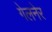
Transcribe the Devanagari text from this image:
गेलनेर